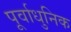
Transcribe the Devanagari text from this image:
पूर्वाधुनिक